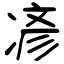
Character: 𫝏